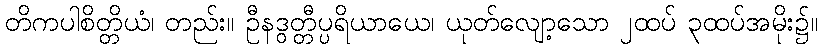
တိကပါစိတ္တိယံ၊ တည်း။ ဦနဒွတ္တီပ္ပရိယာယေ၊ ယုတ်လျော့သော ၂ထပ် ၃ထပ်အမိုး၌။